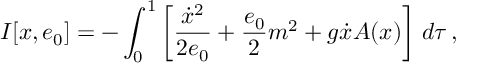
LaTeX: I [ x , e _ { 0 } ] = - \int _ { 0 } ^ { 1 } \left[ \frac { \dot { x } ^ { 2 } } { 2 e _ { 0 } } + \frac { e _ { 0 } } { 2 } m ^ { 2 } + g \dot { x } A ( x ) \right] \, d \tau \, ,